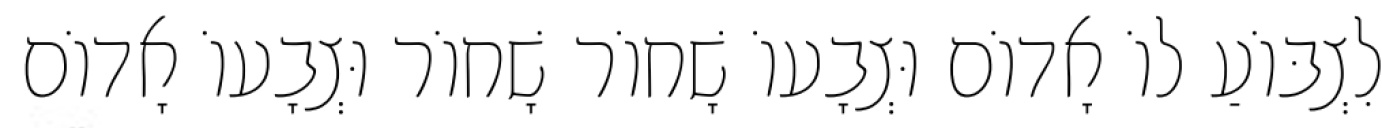
לִצְבּוֹעַ לוֹ אָדוֹם וּצְבָעוֹ שָׁחוֹר שָׁחוֹר וּצְבָעוֹ אָדוֹם